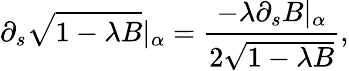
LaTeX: \partial_{s}\sqrt{1-\lambda B}|_{\alpha}=\frac{-\lambda\partial_{s}B|_{\alpha}}{2\sqrt{1-\lambda B}},